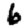
Digit: 6